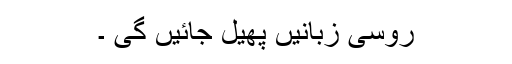
روسی زبانیں پھیل جائیں گی ۔